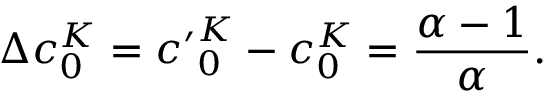
\Delta c _ { 0 } ^ { K } = { c ^ { \prime } } _ { 0 } ^ { K } - c _ { 0 } ^ { K } = \frac { \alpha - 1 } { \alpha } .